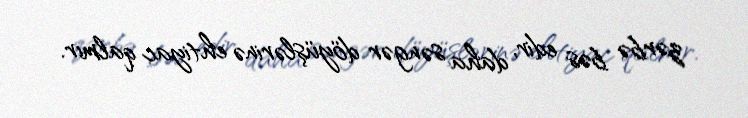
zərbə bəs edir, daha səngər döyüşlərinə ehtiyac qalmır.